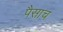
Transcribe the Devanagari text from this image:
पैसाच